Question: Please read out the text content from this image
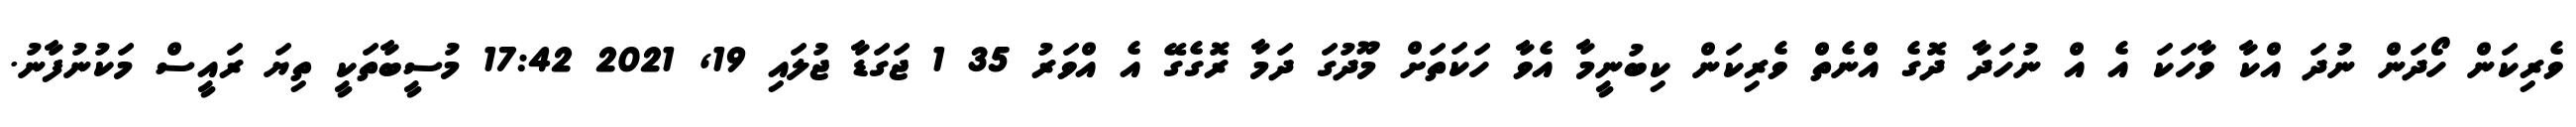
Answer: ވެރިކަން ހޯދަން ނުދަ އްކާ ވާހަކަ އެ އް ނުހަދާ ދޮގެ އްނެތް ވެރިކަން ކިބުނީމާ އެވާ ހަކަތަށް މޫދުގަ ދަމާ ރޮގެގޭ އެ އްވަރު 35 1 ޖަގަޑާ ޖުލައި 19, 2021 17:42 މުސީބާތަކީ ތިޔަ ރައީސް މަކުނުފާނު.